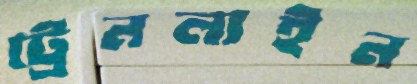
ট্রেনলাইন